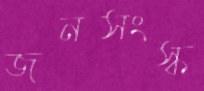
জনসংস্ক